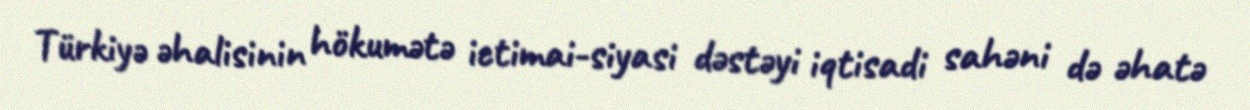
Türkiyə əhalisinin hökumətə ictimai-siyasi dəstəyi iqtisadi sahəni də əhatə